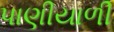
પાણીયાળી